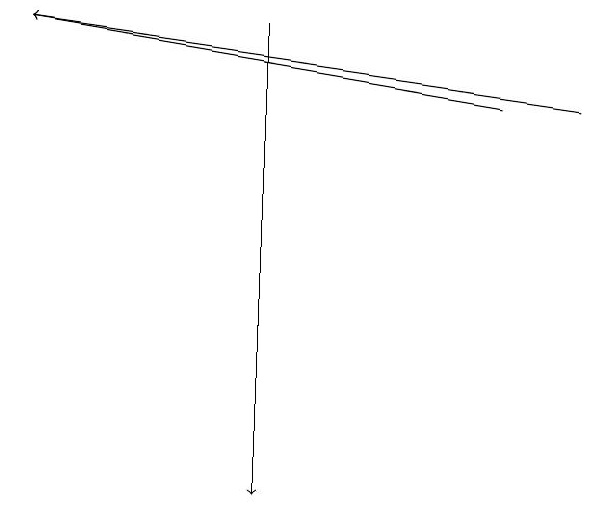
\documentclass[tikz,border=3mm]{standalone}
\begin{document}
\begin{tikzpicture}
\draw[->] (9,16) -- (2,17);
\draw[->] (5,17) -- (5,11);
\draw[->] (8,16) -- (2,17);
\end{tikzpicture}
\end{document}